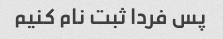
پس فردا ثبت نام کنیم